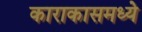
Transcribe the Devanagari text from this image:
काराकासमध्ये